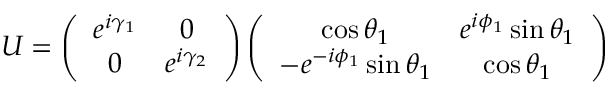
U = \left( \begin{array} { c c c } { { e ^ { i \gamma _ { 1 } } } } & { { 0 } } \\ { { 0 } } & { { e ^ { i \gamma _ { 2 } } } } \end{array} \right) \left( \begin{array} { c c c } { { \cos \theta _ { 1 } } } & { { e ^ { i \phi _ { 1 } } \sin \theta _ { 1 } } } \\ { { - e ^ { - i \phi _ { 1 } } \sin \theta _ { 1 } } } & { { \cos \theta _ { 1 } } } \end{array} \right)